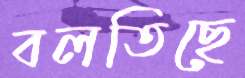
বলতিছে